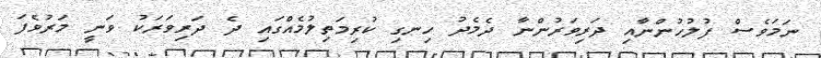
ނަމަވެސް ފުލުހުންނާއި ދަރިވަރުންނާ ދެމެދު ހިނގި ކުރިމަތިލުމެއްގައި ދެ ދަރިވަރަކު ވަނީ މަރުވެފަ